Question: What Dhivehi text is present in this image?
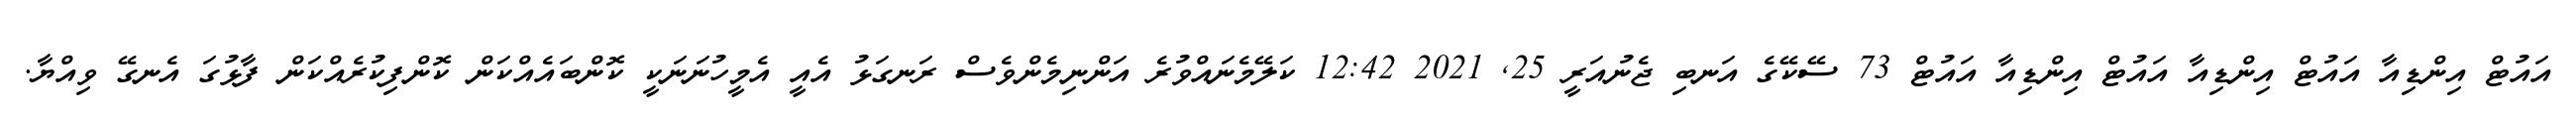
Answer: އައުޓް އިންޑިއާ އައުޓް އިންޑިއާ އައުޓް އިންޑިއާ އައުޓް 73 ސޭކޭގެ އަނބި ޖެނުއަރީ 25, 2021 12:42 ކަލޭމެނައްވުރެ އަންނިމެންވެސް ރަނގަޅު އެއީ އެމީހުނަނަކީ ކޮންބައެއްކަން ކޮންފިކުރެއްކަން ފާޅުގަ އެނގޭ ވިއްޔާ.